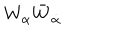
W _ { \alpha } \bar { W } _ { \dot { \alpha } }